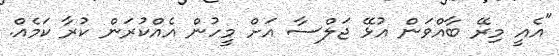
"އެއީ މިރޭ ބާއްވަން އުޅޭ ޖަލްސާ އަށް މީހުން އެއްކުރަން ކުރާ ކަމެއް.